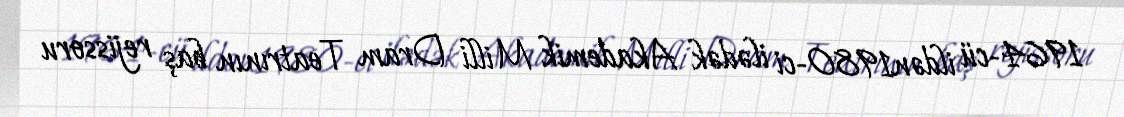
1964-cü ildən1980-ci ilədək Akademik Milli Dram Teatrının baş rejissoru